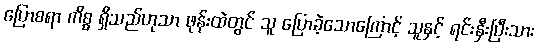
ပြောစရာ ကိစ္စ ရှိသည်ဟုသာ ဖုန်းထဲတွင် သူ ပြောခဲ့သောကြောင့် သူနှင့် ရင်းနှီးပြီးသား